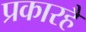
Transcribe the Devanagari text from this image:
प्रकारहैं